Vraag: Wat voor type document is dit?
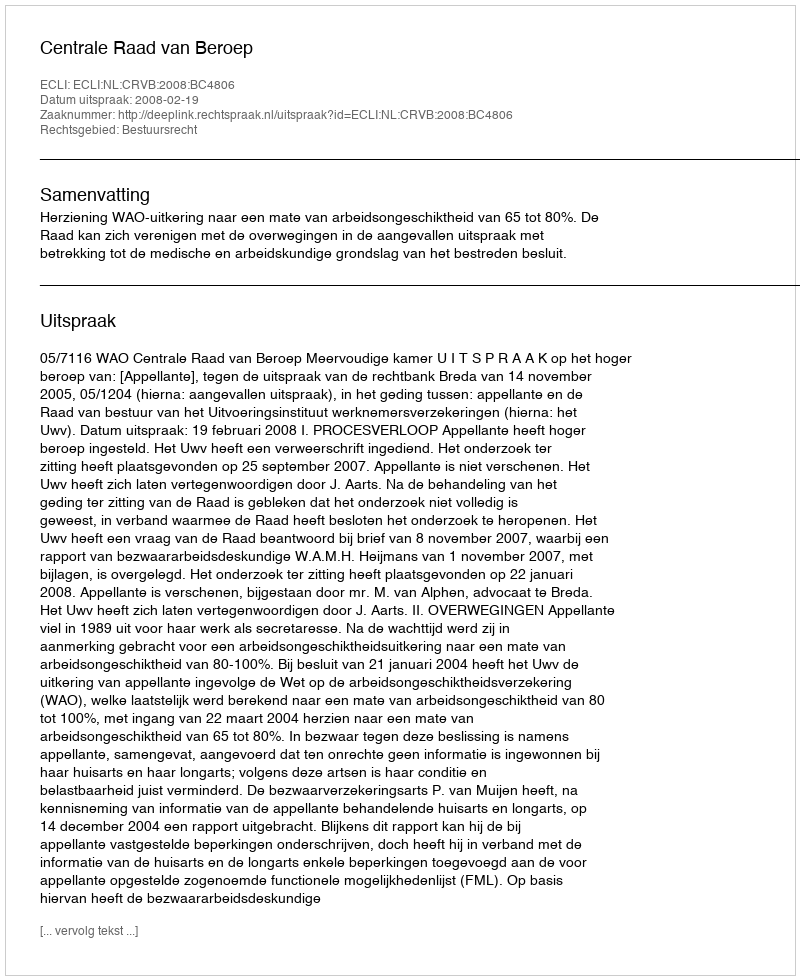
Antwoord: Uitspraak